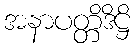
အနာပတ္တိဒိဋ္ဌိ